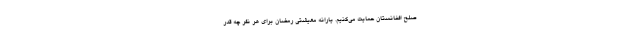
صلح افغانستان حمایت می‌کنیم. یارانه معیشتی رمضان برای هر نفر چه قدر